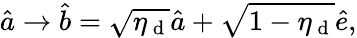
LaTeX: \hat{a}\rightarrow\hat{b}=\sqrt{\eta_{\mathrm{~d~}}}\hat{a}+\sqrt{1-\eta_{\mathrm{~d~}}}\hat{e},